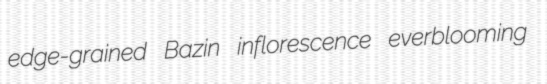
edge-grained Bazin inflorescence everblooming